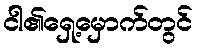
ငါ၏ရှေ့မှောက်တွင်